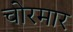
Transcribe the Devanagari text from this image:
चोरमार